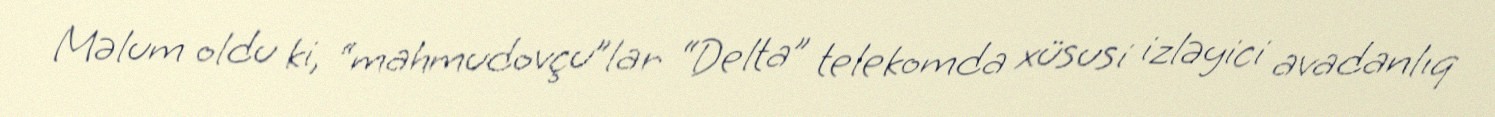
Məlum oldu ki, “mahmudovçu”lar “Delta” telekomda xüsusi izləyici avadanlıq